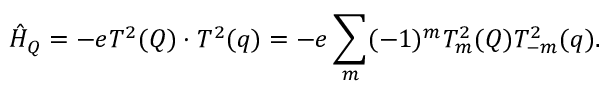
{ \hat { H } } _ { Q } = - e T ^ { 2 } ( Q ) \cdot T ^ { 2 } ( q ) = - e \sum _ { m } ( - 1 ) ^ { m } T _ { m } ^ { 2 } ( Q ) T _ { - m } ^ { 2 } ( q ) .